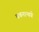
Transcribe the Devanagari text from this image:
वचनान्वये